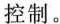
控制。